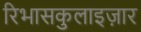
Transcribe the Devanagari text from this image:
रिभासकुलाइज़ार